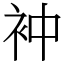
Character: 衶